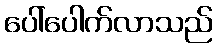
ပေါ်ပေါက်လာသည်